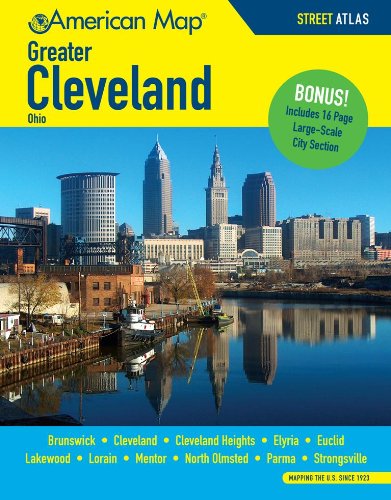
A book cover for Greater Cleveland OH Atlas; American Map; Travel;